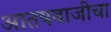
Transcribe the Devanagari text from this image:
आतषबाजीचा